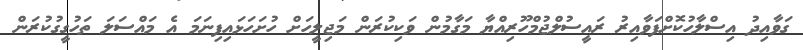
ގަވާއިދު އިސްލާހުކޮށްފަވާއިރު ރައީސުލްޖުމްހޫރިއްޔާ މަގާމުން ވަކިކުރަން މަޖިލީހަށް ހުށަހަޅައިފިނަމަ އެ މައްސަލަ ތަހުގީގުކުރަން